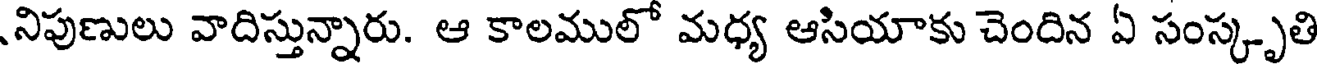
నిపుణులు వాదిస్తున్నారు. ఆ కాలములో మధ్య ఆసియాకు చెందిన ఏ సంస్కృతి